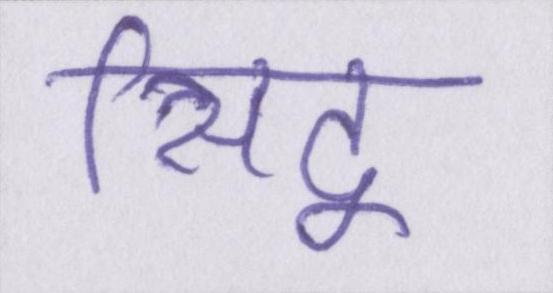
सिद्व